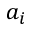
a _ { i }